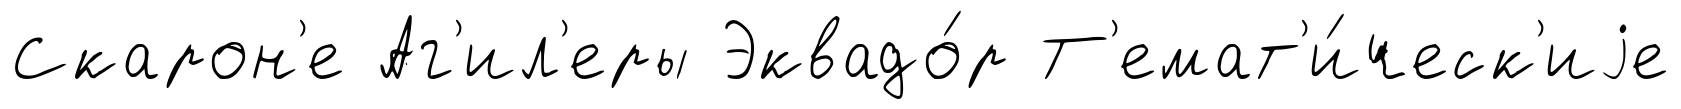
Скарон'е Аг'ил'еры Эквадо́р Т'емат'и́ческ'иjе